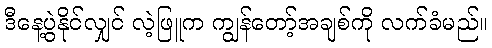
ဒီနေ့ပွဲနိုင်လျှင် လဲ့ဖြူက ကျွန်တော့်အချစ်ကို လက်ခံမည်။